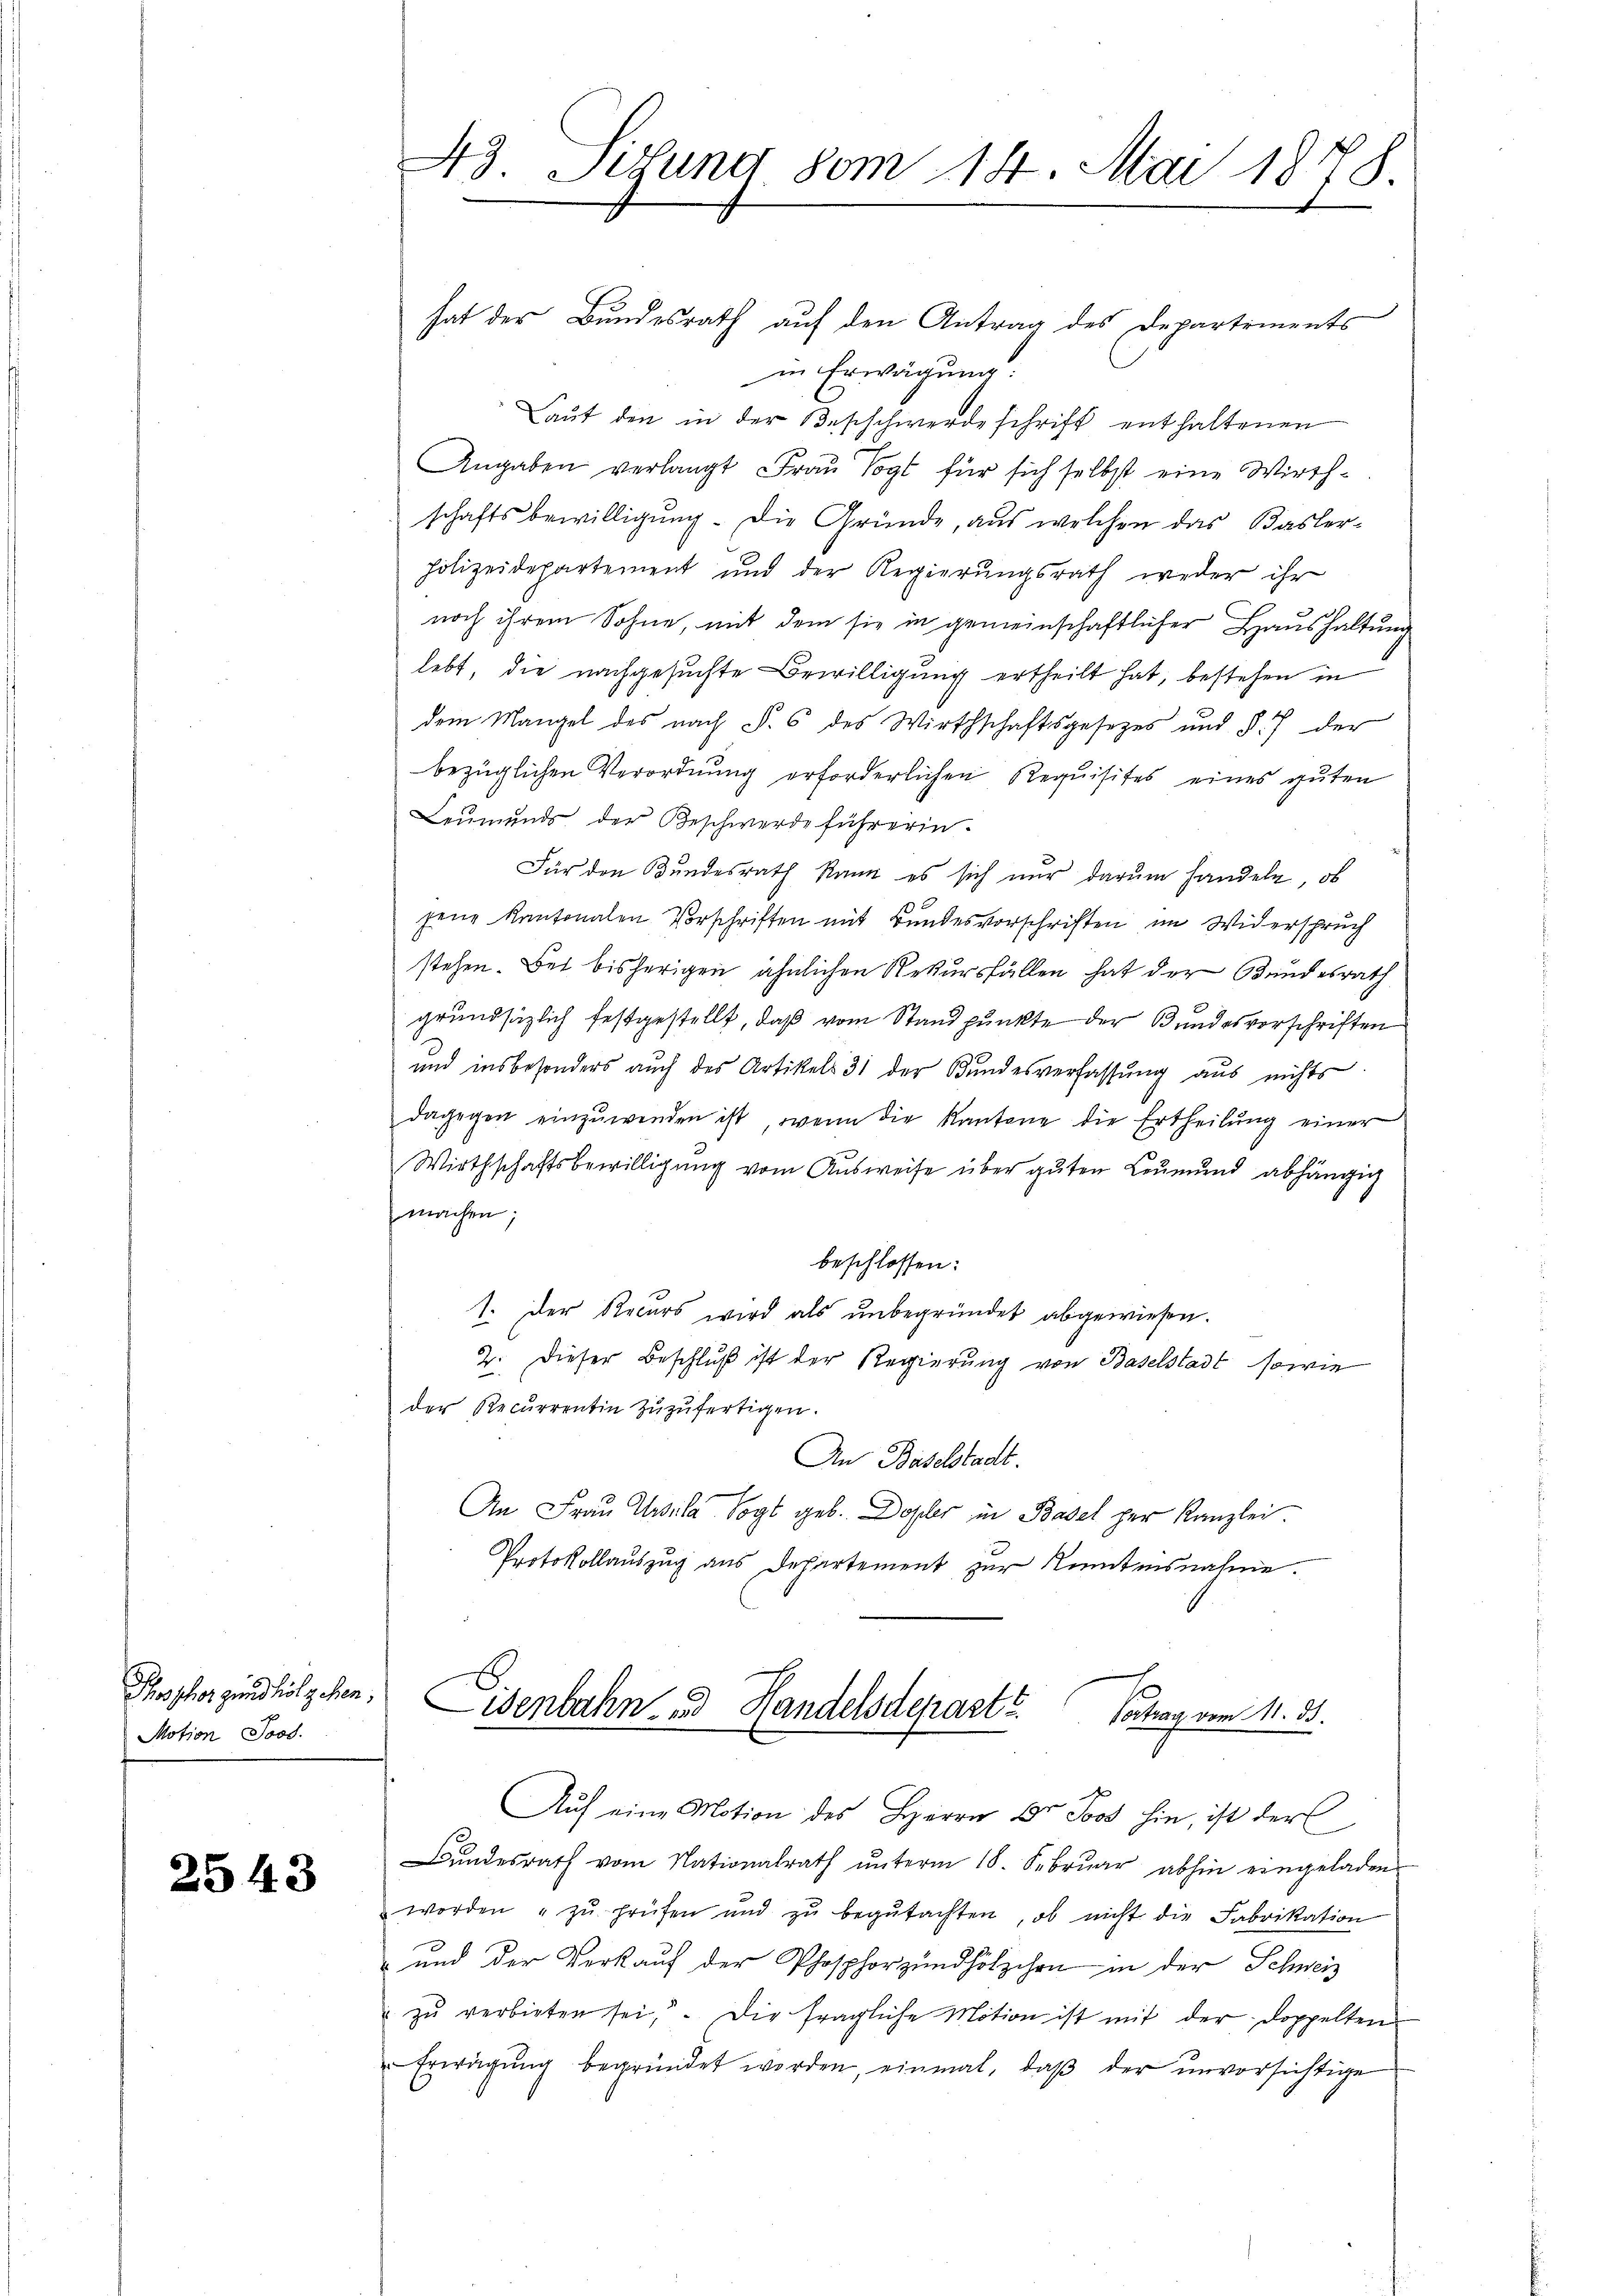
Motion Jood.

2543

hat der Bundesrath auf den Antrag des Departements
in Erwägung:
Laut den in der Beschwerde schrift enthaltenen
Angaben verlangt Frau Vogt für sich selbst eine Wirthschaftsbewilligŭng. Die Gründe, aus welchen das Basler-
Polizeidepartement und der Regierungsrath weder ihr
noch ihrem Sohne, mit dem sie in gemeinschaftlicher Haushaltung
lebt, die nachgesuchte Bewilligung ertheilt hat, bestehen in
dem Mangel des nach S. 6 des Wirthschaftsgesezes und § 7 der
bezüglichen Verordnung erforderlichen Requisites eines guten
Leumunds der Beschwerde führerin.
Für den Bundesrath kann es sich nur darum handeln, ob
jene Kantonalen Vorschriften mit Bundesvorschriften im Widerspruch
stehen. Bei bisherigen ähnlichen Rekursfällen hat der Bundesrath
grundsätzlich festgestellt, daß vom Standpunkte der Bundesvorschriften
und insbesonders auch des Artikels 31 der Bundesverfassung aus nichts
dagegen einzuwenden ist, wenn die Kantone die Ertheilŭng einer
Wirthschaftsbewilligung vom Ausweise über guten Leumund abhängig
machen;
beschlossen:
1. Der Recurs wird als ŭnbegründet abgewiesen.
2. Dieser Beschluß ist der Regierung von Baselstadt, sowie
der Recurrentin zŭzŭfertigen.
An Baselstadt.
An Frau Ursula Vogt geb. Dopler in Basel her Kanzlei.
Protokollauszug aus Departement zur Rentensnahme.
Phosphorfindlich gehen. Eisenbahn d Handelsdepartt.

43. Sirung vom 14. Mai 1878.

Vortrag vom 11. ds.
Auf eine Motion des Herrn Dr Joos hin, ist der

Bŭndesrath vom Nationalrath ŭnterm 18. Febrŭar abhin eingeladen
worden zŭ prüfen und zŭ begŭtachten, ob nicht die Fabrikation
und der Verkaŭf der Phosphorzŭndhölzchen in der Schweiz
zŭ verbieten sei. Die fragliche Motion ist mit der Doppelten
Erwägŭng begründet werden, einmal, daβ der unvorsichtige